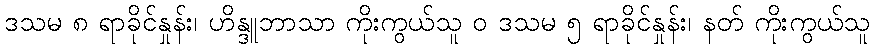
ဒသမ ၈ ရာခိုင်နှုန်း၊ ဟိန္ဒူဘာသာ ကိုးကွယ်သူ ဝ ဒသမ ၅ ရာခိုင်နှုန်း၊ နတ် ကိုးကွယ်သူ